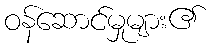
ဝန်ဆောင်မှုများ၏